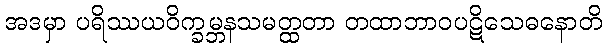
အဒမှာ ပရိဿယဝိက္ခမ္ဘနသမတ္ထတာ တထာဘာဝပဋိသေဓနောတိ